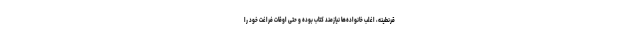
قرنطینه، اغلب خانواده‌ها نیازمند کتاب بوده و حتی اوقات فراغت خود را